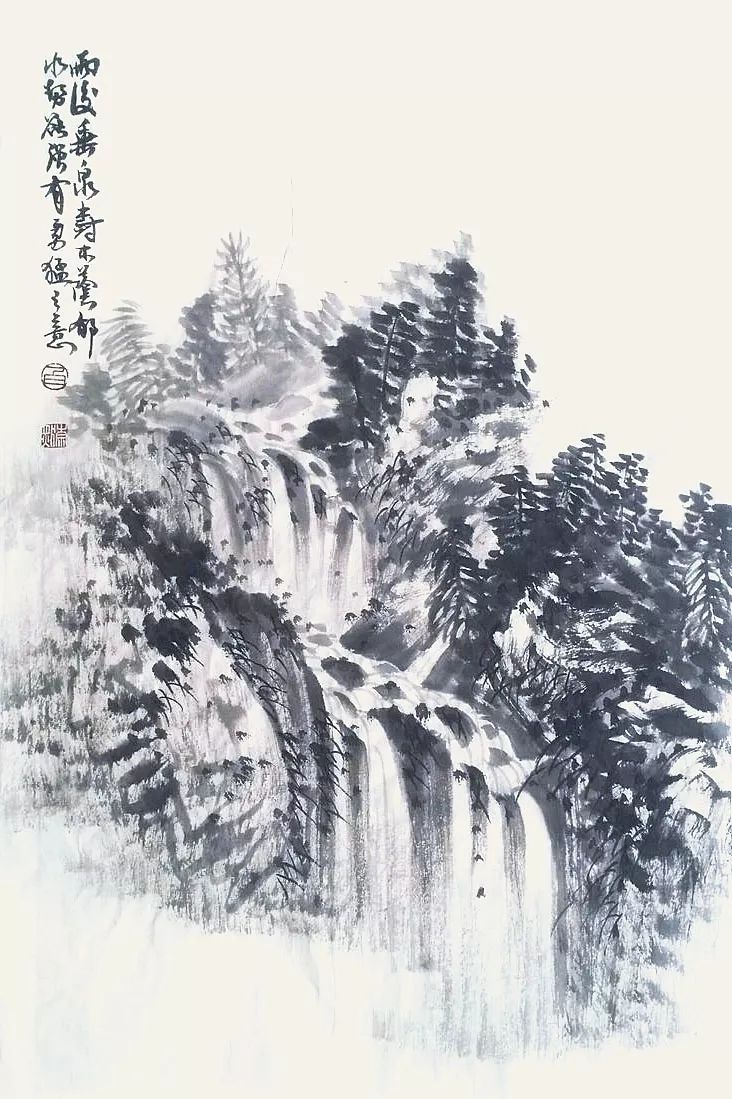
冰，水为之，而寒于水。